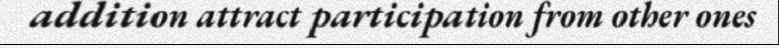
addition attract participation from other ones